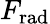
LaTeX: F_{\mathrm{rad}}